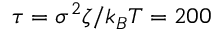
\tau = \sigma ^ { 2 } \zeta / k _ { B } T = 2 0 0